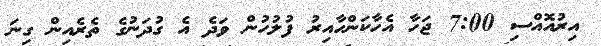
އިރުއޮއްސި 7:00 ޖަހާ އެހާކަންހާއިރު ފުލުހުން ވަދެ އެ ގުދަނުގެ ތެރެއިން ގިނަ